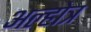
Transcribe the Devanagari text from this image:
अल्होत्र